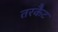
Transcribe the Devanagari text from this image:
तरकैट